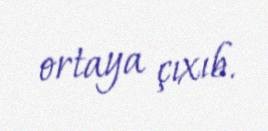
ortaya çıxıb.